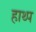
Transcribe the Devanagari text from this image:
हाथ्प